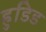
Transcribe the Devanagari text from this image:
हुडिड